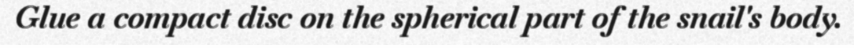
Glue a compact disc on the spherical part of the snail's body.